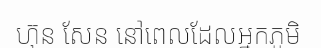
ហ៊ុន សែន នៅពេលដែលអ្នកភូមិ